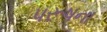
પરૂષના